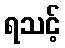
ရသင့်